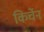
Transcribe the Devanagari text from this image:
किर्चेन